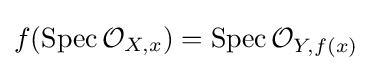
f(\operatorname {Spec} {\mathcal {O}}_{X,x})=\operatorname {Spec} {\mathcal {O}}_{Y,f(x)}